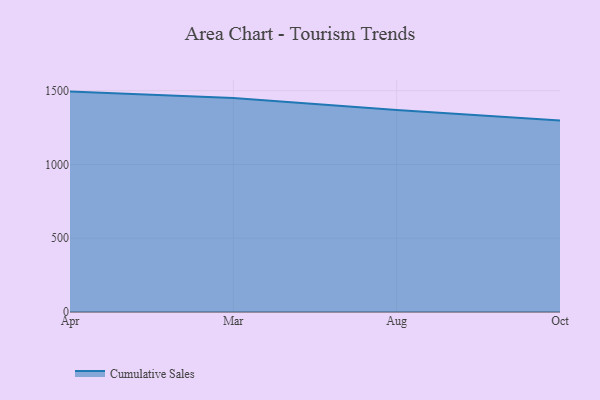
{"axis": {"x": "Month", "y": "Bounce Rate (%)"}, "legend": ["Cumulative Sales"], "data": [{"x": "Apr", "y": 1494.1, "type": "Cumulative Sales"}, {"x": "Mar", "y": 1450.0, "type": "Cumulative Sales"}, {"x": "Aug", "y": 1369.7, "type": "Cumulative Sales"}, {"x": "Oct", "y": 1297.4, "type": "Cumulative Sales"}]}